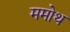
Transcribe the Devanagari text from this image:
ममोथ